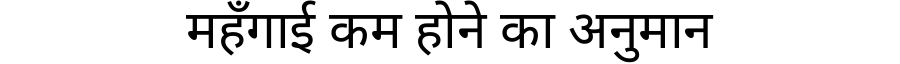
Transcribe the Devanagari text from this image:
महँगाई कम होने का अनुमान